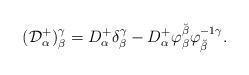
LaTeX: \begin{align*}({\cal D}^+_\alpha)^\gamma_\beta = D^+_\alpha\delta^\gamma_\beta - D^+_\alpha \varphi_\beta^{\breve\beta}\varphi^{-1\gamma}_{\breve\beta} .\end{align*}